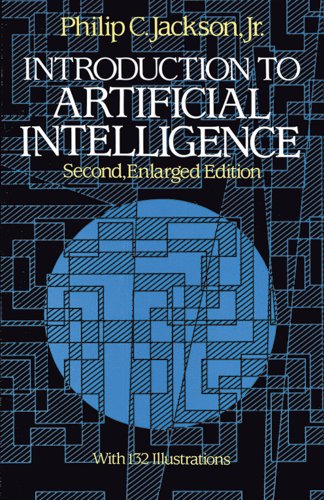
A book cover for Introduction to Artificial Intelligence: Second, Enlarged Edition (Dover Books on Mathematics); Philip C. Jackson Jr.; Computers & Technology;